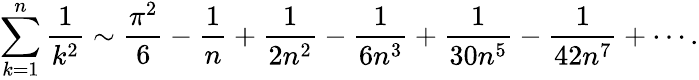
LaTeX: \sum_{k=1}^{n}{\frac{1}{k^{2}}}\sim{\frac{\pi^{2}}{6}}-{\frac{1}{n}}+{\frac{1}{2n^{2}}}-{\frac{1}{6n^{3}}}+{\frac{1}{30n^{5}}}-{\frac{1}{42n^{7}}}+\cdots.